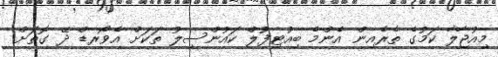
މިއުޖާލާ ކަމުގެ ތެރެއިން އެންމެ ބިއުޓިފުލް ކައުންސިލު ތަކަށް އެވޯރޑް ދޭ ގޮތަށް